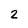
Character: 2